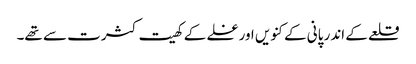
قلعے کے اندر پانی کے کنویں اورغلے کے کھیت کثرت سے تھے۔